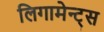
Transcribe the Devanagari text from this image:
लिगामेन्ट्स